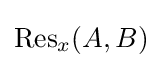
\operatorname {Res} _{x}(A,B)